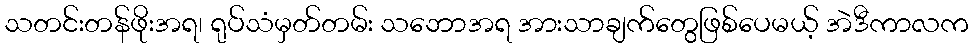
သတင်းတန်ဖိုးအရ၊ ရုပ်သံမှတ်တမ်း သဘောအရ အားသာချက်တွေဖြစ်ပေမယ့် အဲဒီကာလက